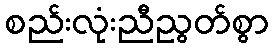
စည်းလုံးညီညွတ်စွာ